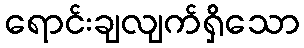
ရောင်းချလျက်ရှိသော